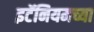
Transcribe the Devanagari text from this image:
इटॅनियमच्या